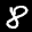
Label: 8